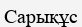
Сарықұс